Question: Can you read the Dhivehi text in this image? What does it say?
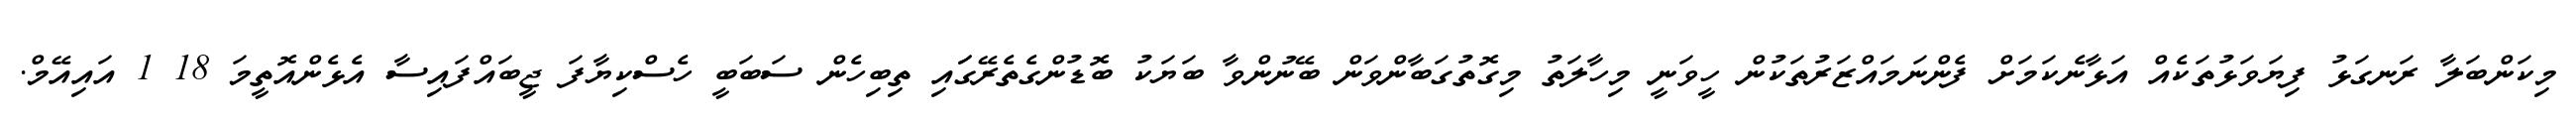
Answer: މިކަންބަލާ ރަނގަޅު ފިޔަވަޅުތަކެއް އަޅާނެކަމަށް ފެންނަމައްޒަރުތަކުން ހީވަނީ މިހާލަތު މިގޮތުގަބާންވަން ބޭނުންވާ ބަޔަކު ބޮޑުންގެތެރޭގަައި ތިބިހެން ސަބަބީ ހެސްކިޔާފަ ޖީބައްފައިސާ އެޅެންއޮތީމަ 18 1 އައިއޭމް.